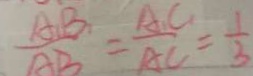
\frac { A _ { 1 } B _ { 1 } } { A B } = \frac { A _ { 1 } C _ { 1 } } { A C } = \frac { 1 } { 3 }